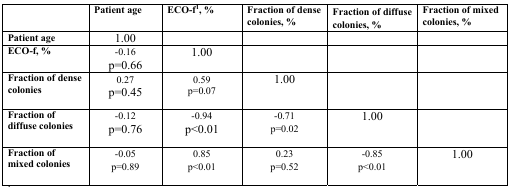
|  | Patient age | ECO-f1, % | Fraction of dense colonies, % | Fraction of diffuse colonies, % | Fraction of mixed colonies, % |
 | --- | --- | --- | --- | --- | --- |
 | Patient age | 1.00 |  |  |  |  |
 | ECO-f, % | −0.16p=0.66 | 1.00 |  |  |  |
 | Fraction of dense colonies | 0.27p=0.45 | 0.59p=0.07 | 1.00 |  |  |
 | Fraction of diffuse colonies | −0.12p=0.76 | −0.94p<0.01 | −0.71p=0.02 | 1.00 |  |
 | Fraction of mixed colonies | −0.05p=0.89 | 0.85p<0.01 | 0.23p=0.52 | −0.85p<0.01 | 1.00 |